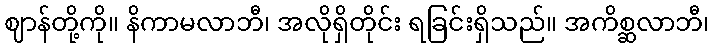
ဈာန်တို့ကို။ နိကာမလာဘီ၊ အလိုရှိတိုင်း ရခြင်းရှိသည်။ အကိစ္ဆလာဘီ၊